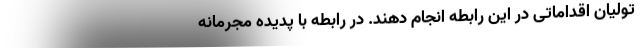
تولیان اقداماتی در این رابطه انجام دهند. در رابطه با پدیده مجرمانه